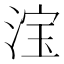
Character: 𣷂